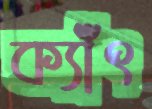
ক্যাঁৎ